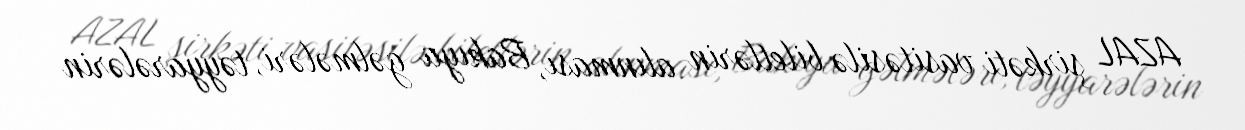
AZAL şirkəti vasitəsilə biletlərin alınması, Bakıya gəlmələri, təyyarələrin